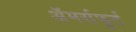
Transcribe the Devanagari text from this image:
अॅमर्सफूर्ट